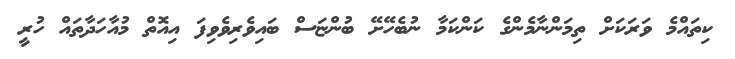
ކިތައްމެ ވަރަކަށް ތިމަންނާމެންގެ ކަންކަމާ ނުބެހޭށޭ ބުންޏަސް ބައިވެރިވެވިފަ އިއޮތް މުއާހަދާތައް ހުރީ